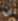
ان